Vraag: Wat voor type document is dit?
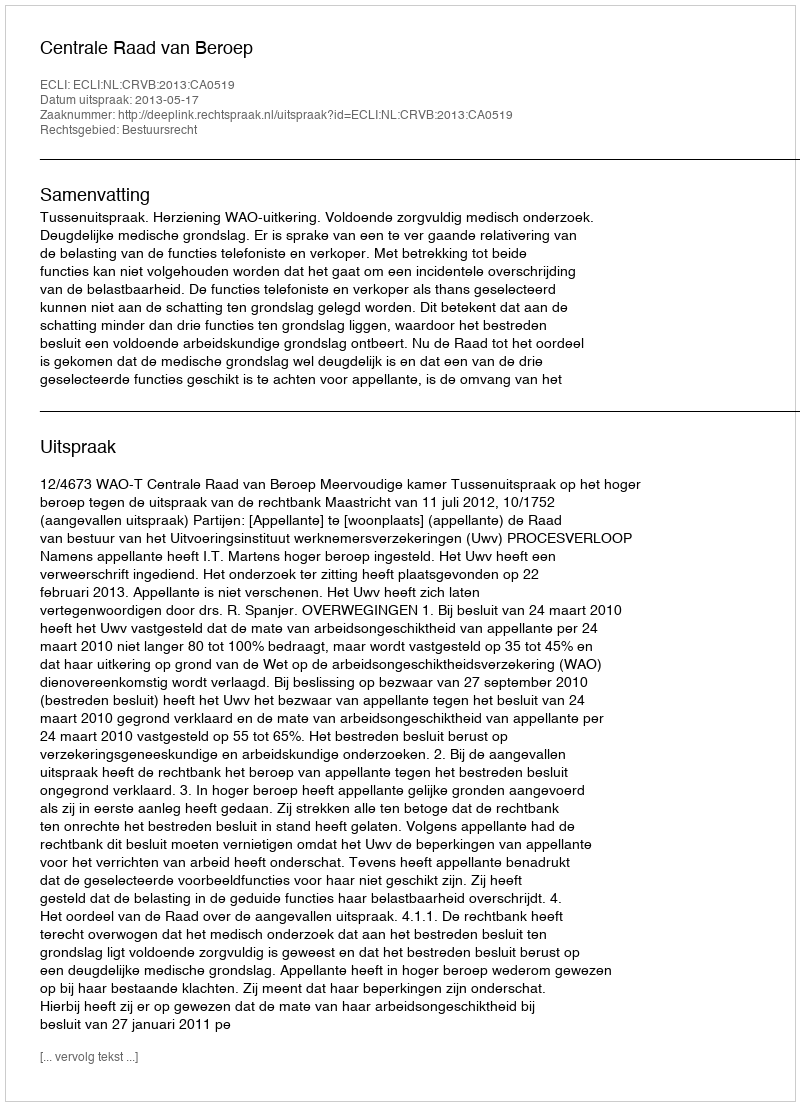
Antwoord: Uitspraak